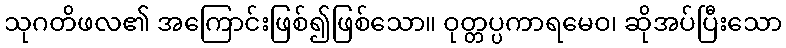
သုဂတိဖလ၏ အကြောင်းဖြစ်၍ဖြစ်သော။ ဝုတ္တပ္ပကာရမေဝ၊ ဆိုအပ်ပြီးသော